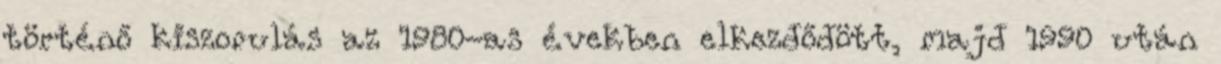
történő kiszorulás az 1980-as években elkezdődött, majd 1990 után